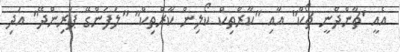
އެއީ 'ޗާންދްނީ ޗޯކް" އާއި "ކާރްތިކް ކޯލިން ކާރްތިކް" "ލަފަންގޭ ޕަރިންދޭ" އަދި